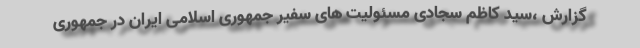
گزارش ،سید کاظم سجادی مسئولیت های سفیر جمهوری اسلامی ایران در جمهوری